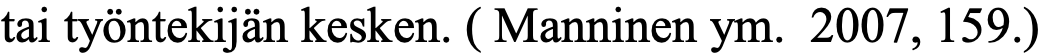
tai työntekijän kesken. ( Manninen ym. 2007, 159.)